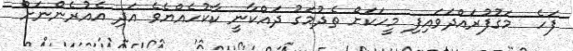
ފަހެ  މަގުފުރައްދަވައިފި މީހަކަށް ތެދުމަގު ދައްކާނީ ކާކުހެއްޔެވެ އަދި އެއުރެންނަށް